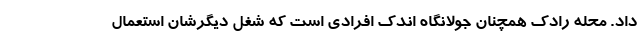
داد. محله رادک همچنان جولانگاه اندک افرادی است که شغل دیگرشان استعمال